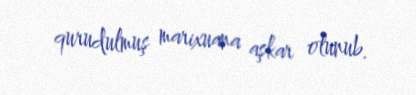
qurudulmuş marixuana aşkar olunub.